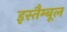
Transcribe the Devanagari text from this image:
इस्तैम्बूल